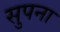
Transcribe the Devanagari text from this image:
सुपना